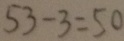
5 3 - 3 = 5 0